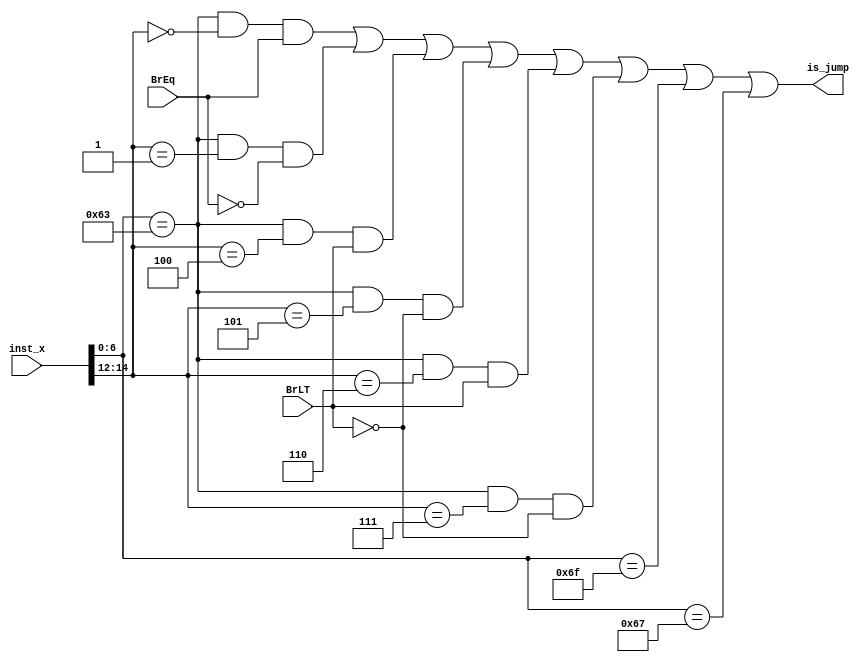
module branch_clt(
    input BrEq, 
    input BrLT,
    input [31:0] inst_x,
    output is_jump
);
    assign is_jump = ((inst_x[6:0] == 7'b1100011 && inst_x[14:12] == 3'b000 && BrEq) ||
                     (inst_x[6:0] == 7'b1100011 && inst_x[14:12] == 3'b001 && !BrEq) ||
                     (inst_x[6:0] == 7'b1100011 && inst_x[14:12] == 3'b100 && BrLT) ||
                     (inst_x[6:0] == 7'b1100011 && inst_x[14:12] == 3'b101 && !BrLT) ||
                     (inst_x[6:0] == 7'b1100011 && inst_x[14:12] == 3'b110 && BrLT) ||
                     (inst_x[6:0] == 7'b1100011 && inst_x[14:12] == 3'b111 && !BrLT) ||
                     (inst_x[6:0] == 7'b1101111) ||
                     (inst_x[6:0] == 7'b1100111)); 
endmodule